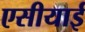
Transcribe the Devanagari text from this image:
एसीयाई